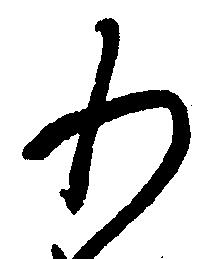
わ